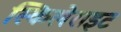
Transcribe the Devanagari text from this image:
स्किलेराइट